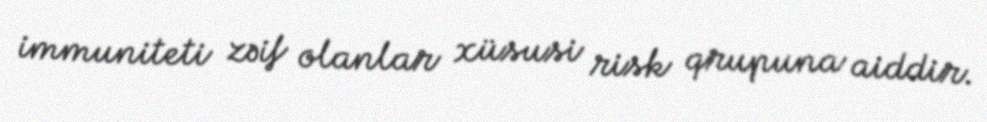
immuniteti zəif olanlar xüsusi risk qrupuna aiddir.